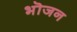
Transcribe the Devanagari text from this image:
भॊजन